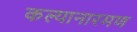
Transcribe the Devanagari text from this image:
कल्यानारमण